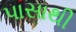
પાસાથી